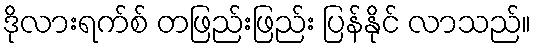
ဒိုလားရက်စ် တဖြည်းဖြည်း ပြန်နိုင် လာသည်။